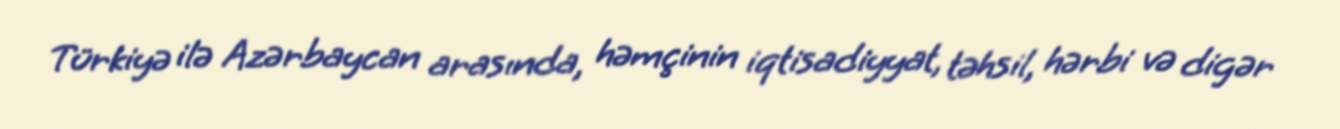
Türkiyə ilə Azərbaycan arasında, həmçinin iqtisadiyyat, təhsil, hərbi və digər